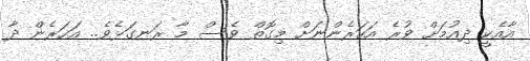
އާއެކީ ދިއުމަށް ވުރެ އަހަރެންނަށް މިގޮތް ވެސް މާ ރަނގަޅެވެ.. އަހަރެން ދާ